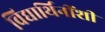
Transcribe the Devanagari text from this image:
विद्यार्थिनींशी